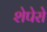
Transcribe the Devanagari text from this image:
शेपेरो